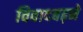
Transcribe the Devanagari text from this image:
विवादबढ़ने